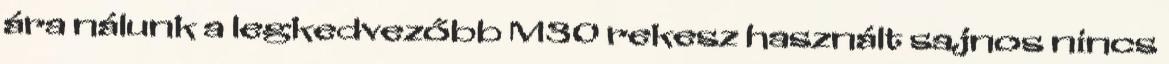
ára nálunk a legkedvezőbb M30 rekesz használt sajnos nincs